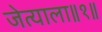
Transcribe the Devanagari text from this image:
जेत्याला॥१॥